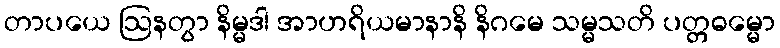
တာပယေ ဩနတွာ နိမ္မဒါ အာဟရိယမာနာနိ နိဂမေ သမ္မသတိ ပတ္တဓမ္မော